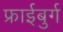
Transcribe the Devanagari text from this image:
फ्राईबुर्ग